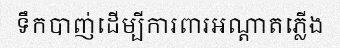
ទឹកបាញ់ដើម្បីការពារអណ្តាតភ្លើង